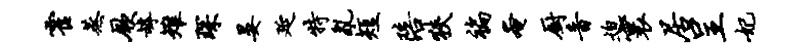
霍蒸厥罅雉琛晏延特乱短陪狭褊奄厨音迫寰居呈妃